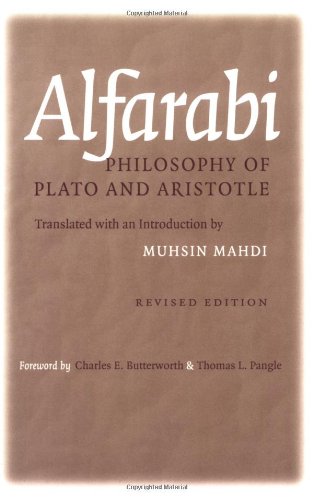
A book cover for Philosophy of Plato and Aristotle (Agora Editions); Alfarabi; Politics & Social Sciences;